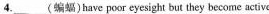
4.___(蝙蝠)have poor eyesight but they become active